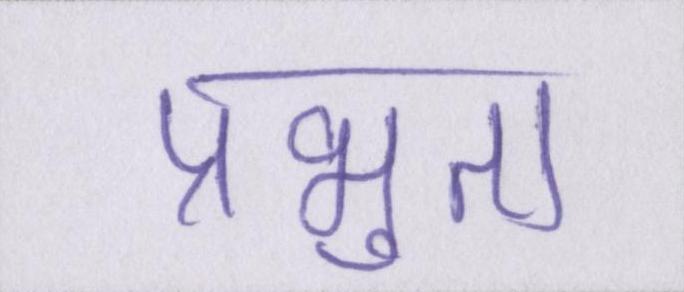
प्रभुता